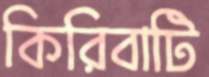
কিরিবাটি